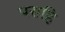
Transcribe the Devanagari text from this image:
पराहि